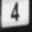
Digit: 4